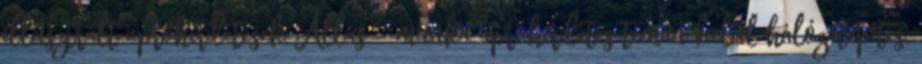
illusztrált apróhirdetések Állás - munka apróhirdetés témán belül hálózatépítés,